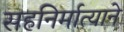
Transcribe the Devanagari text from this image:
सहनिर्मात्याने